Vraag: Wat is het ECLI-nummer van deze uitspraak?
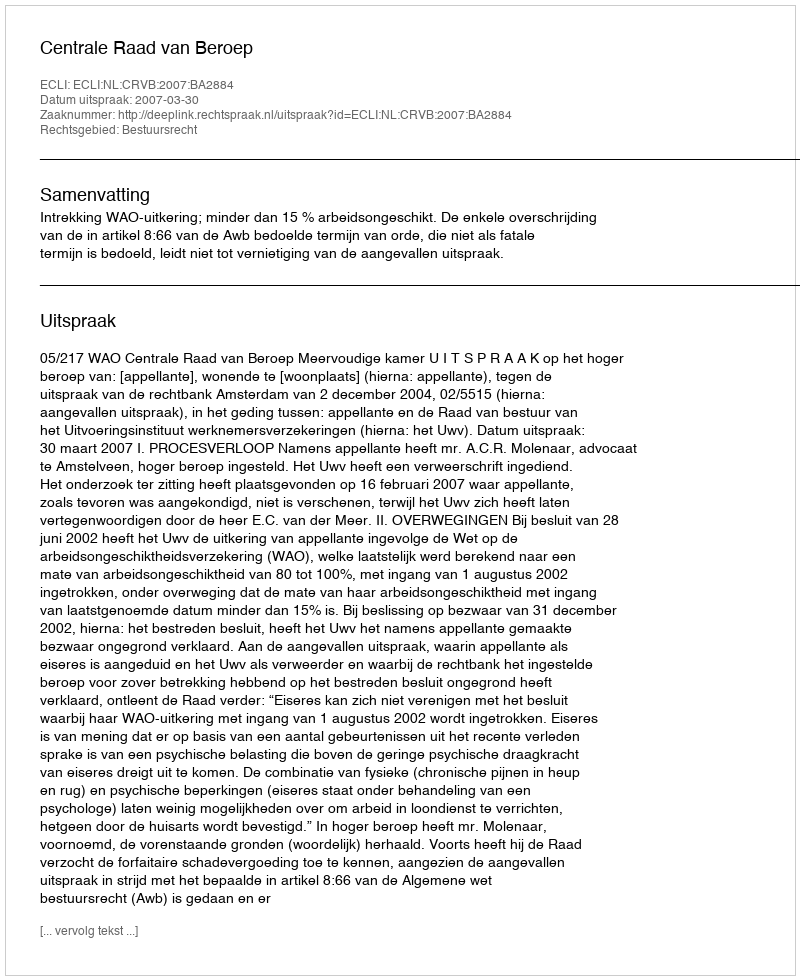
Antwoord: ECLI:NL:CRVB:2007:BA2884